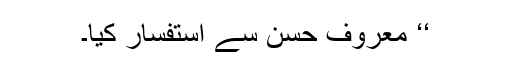
‘‘ معروف حسن سے استفسار کیا۔